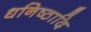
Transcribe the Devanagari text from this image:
धनिष्ठादि